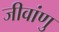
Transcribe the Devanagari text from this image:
जीवांणु